画像に写った文字を読んでください
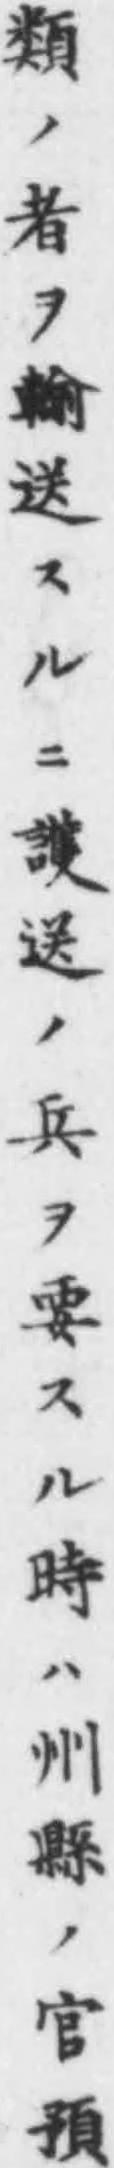
「類ノ者ヲ輸送スルニ護送ノ兵ヲ要スル時ハ州縣ノ官預」と書いてあります